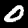
Label: 0